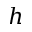
h